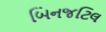
બિનજટિલ